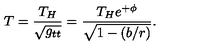
T = { \frac { T _ { H } } { \sqrt { g _ { t t } } } } = { \frac { T _ { H } e ^ { + \phi } } { \sqrt { 1 - ( b / r ) } } } .